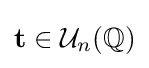
\mathbf {t} \in {\mathcal {U}}_{n}(\mathbb {Q} )